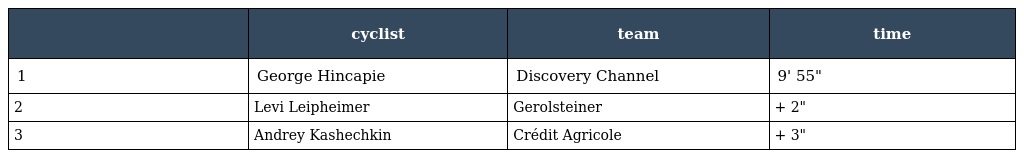
|  | cyclist | team | time |
 | --- | --- | --- | --- |
 | 1 | George Hincapie | Discovery Channel | 9' 55" |
 | 2 | Levi Leipheimer | Gerolsteiner | + 2" |
 | 3 | Andrey Kashechkin | Crédit Agricole | + 3" |